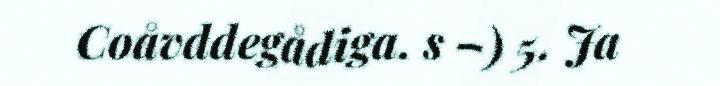
Coåvddegådiga. s –) 5. Ja